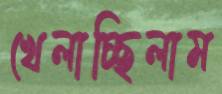
খেলাচ্ছিলাম